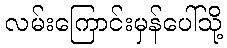
လမ်းကြောင်းမှန်ပေါ်သို့